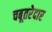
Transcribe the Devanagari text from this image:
चबूतरेदार